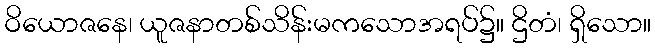
ဝိယောဇနေ၊ ယူဇနာတစ်သိန်းမကသောအရပ်၌။ ဌိတံ၊ ရှိသော။